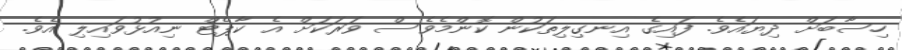
ހިސާބަށް ދިޔައެވެ. ފައިގެ އިނގިލިތަކުން ކޮންމެވެސް ވަރަކަށް އެ ކާޕެޓް ނިއުޅުވައިލި އެވެ.